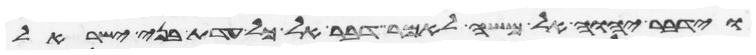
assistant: וידבר יהוה אל משה לאמר דבר אל כל עדת בני ישראל